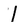
Character: 1